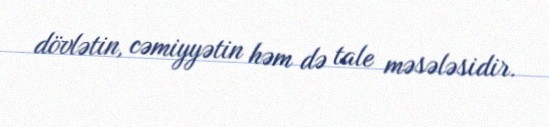
dövlətin, cəmiyyətin həm də tale məsələsidir.